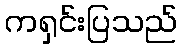
ကရှင်းပြသည်